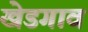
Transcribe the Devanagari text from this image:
खेडगाव